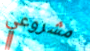
مشروعي